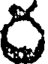
ర